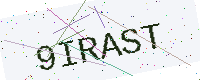
Text: 9IRAST